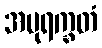
အပုရက္ခတံ